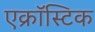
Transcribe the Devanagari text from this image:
एक्रॉस्टिक